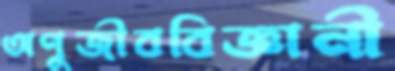
অণুজীববিজ্ঞানী